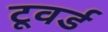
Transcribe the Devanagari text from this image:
टूवर्ड